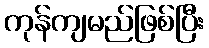
ကုန်ကျမည်ဖြစ်ပြီး